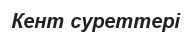
Кент суреттері